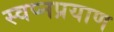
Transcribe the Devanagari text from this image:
स्वप्नप्रयाण